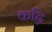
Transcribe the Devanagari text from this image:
कढ़ि